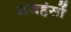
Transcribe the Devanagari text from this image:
राजहंसों